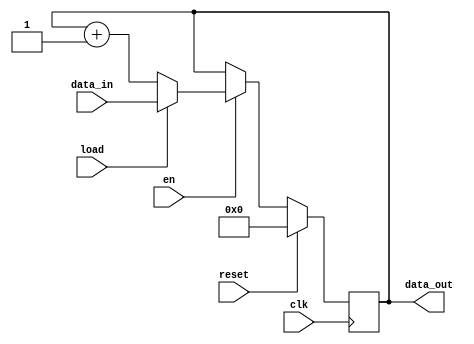
module counter8(
    input reset,
    input clk,
    input en,
    input load,
    input [7:0] data_in,
    output reg [7:0] data_out
    );

    always @(posedge clk)
    begin
        if (reset)
            data_out <= 8'b00000000;
        else if (en)
        begin
            data_out <= (load) ? data_in : data_out + 1;
        end
    end
endmodule